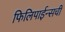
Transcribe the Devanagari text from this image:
फिलिपाईन्सची